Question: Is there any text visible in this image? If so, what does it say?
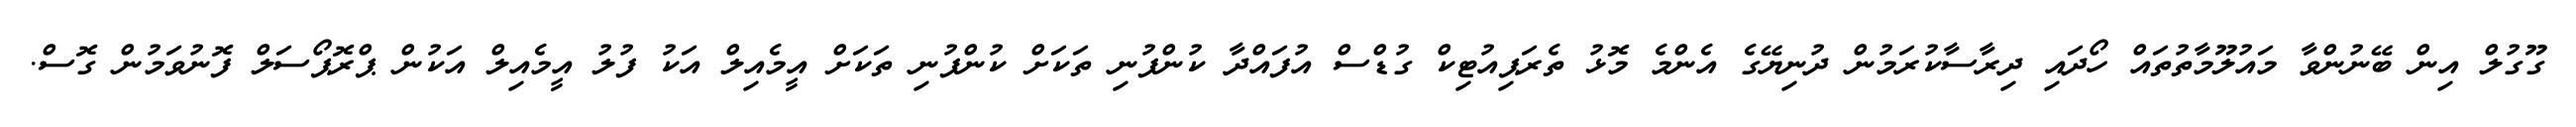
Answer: ގޫގުލް އިން ބޭނުންވާ މައުލޫމާތުތައް ހޯދައި ދިރާސާކުރަމުން ދުނިޔޭގެ އެންމެ މޮޅު ތެރަޕިއުޓިކް ގުޑްސް އުފައްދާ ކުންފުނި ތަކަށް ކުންފުނި ތަކަށް އީމެއިލް އަކު ފުލު އީމެއިލް އަކުން ޕްރޮޕޯސަލް ފޮނުވަމުން ގޮސް.